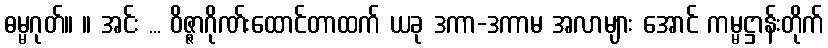
ဓမ္မဂုတ်။ ။ အင်း ... ဝိဇ္ဇာဂိုဏ်းထောင်တာထက် ယခု ဒကာ-ဒကာမ အလာများ အောင် ကမ္မဋ္ဌာန်းတိုက်